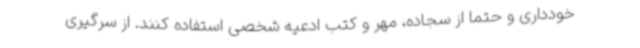
خودداری و حتما از سجاده، مهر و کتب ادعیه شخصی استفاده کنند. از سرگیری